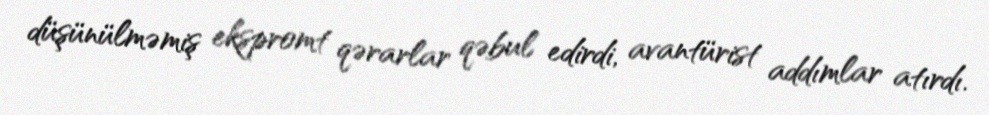
düşünülməmiş ekspromt qərarlar qəbul edirdi, avantürist addımlar atırdı.